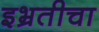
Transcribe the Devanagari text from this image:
इभ्रतीचा